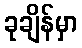
ခုချိန်မှာ